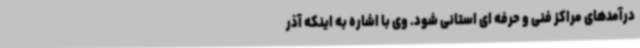
درآمدهای مراکز فنی و حرفه ای استانی شود. وی با اشاره به اینکه آذر